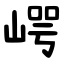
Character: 崿